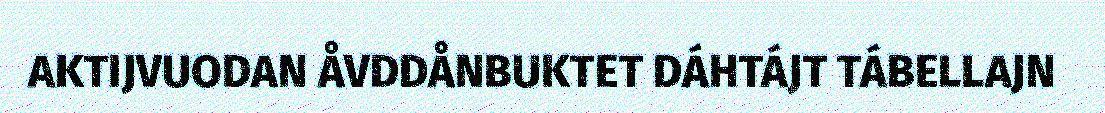
AKTIJVUODAN ÅVDDÅNBUKTET DÁHTÁJT TÁBELLAJN